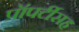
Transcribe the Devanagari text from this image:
प्रॉपर्टीसह